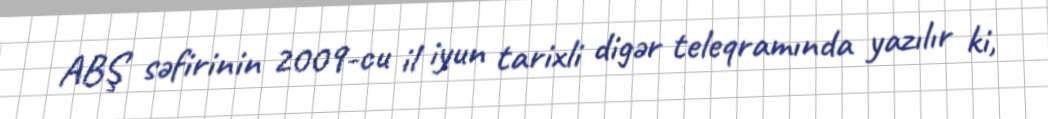
ABŞ səfirinin 2009-cu il iyun tarixli digər teleqramında yazılır ki,